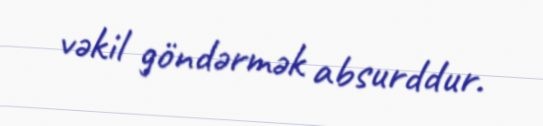
vəkil göndərmək absurddur.